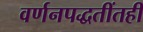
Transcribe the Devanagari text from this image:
वर्णनपद्धतींतही